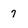
Character: 7